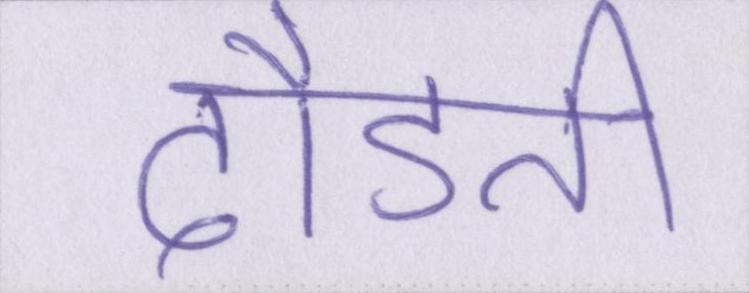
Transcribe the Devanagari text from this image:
दौडती